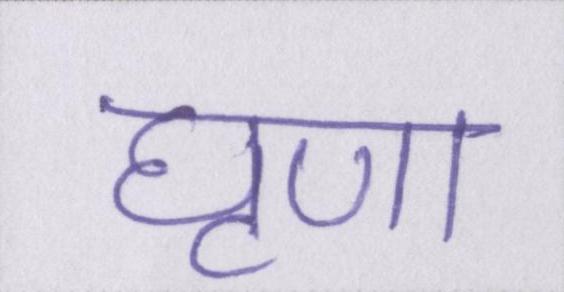
घृणा